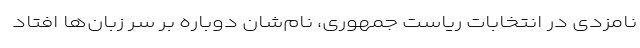
نامزدی در انتخابات ریاست جمهوری، نام‌شان دوباره بر سر زبان‌ها افتاد